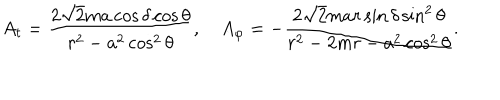
A _ { t } = { \frac { 2 \sqrt { 2 } m a \cos \delta \cos \theta } { r ^ { 2 } - a ^ { 2 } \cos ^ { 2 } \theta } } , A _ { \varphi } = - { \frac { 2 \sqrt { 2 } m a r \sin \delta \sin ^ { 2 } \theta } { r ^ { 2 } - 2 m r - a ^ { 2 } \cos ^ { 2 } \theta } } .